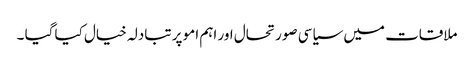
ملاقات میں سیاسی صورتحال اور اہم امو پر تبادلہ خیال کیا گیا ۔